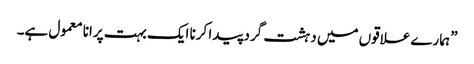
” ہمارے علاقوں میں دہشت گرد پیدا کرنا ایک بہت پرانا معمول ہے۔